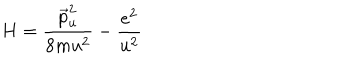
H = \frac { \vec { p } _ { u } ^ { 2 } } { 8 m u ^ { 2 } } - \frac { e ^ { 2 } } { u ^ { 2 } }